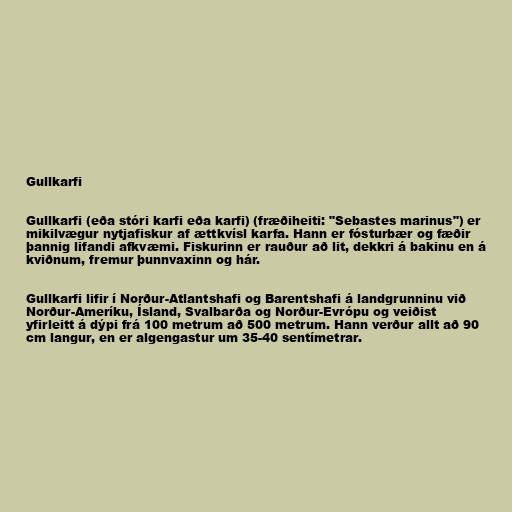
Gullkarfi

Gullkarfi (eða stóri karfi eða karfi) (fræðiheiti: "Sebastes marinus") er
mikilvægur nytjafiskur af ættkvísl karfa. Hann er fósturbær og fæðir
þannig lifandi afkvæmi. Fiskurinn er rauður að lit, dekkri á bakinu en á
kviðnum, fremur þunnvaxinn og hár.

Gullkarfi lifir í Norður-Atlantshafi og Barentshafi á landgrunninu við
Norður-Ameríku, Ísland, Svalbarða og Norður-Evrópu og veiðist
yfirleitt á dýpi frá 100 metrum að 500 metrum. Hann verður allt að 90
cm langur, en er algengastur um 35-40 sentímetrar.